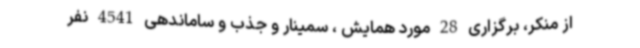
از منکر، برگزاری 28 مورد همایش ، سمینار و جذب و ساماندهی 4541 نفر